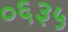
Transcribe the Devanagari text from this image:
०६३५